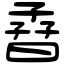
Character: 孴